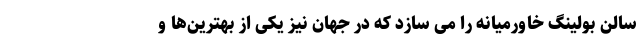
سالن بولینگ خاورمیانه را می سازد که در جهان نیز یکی از بهترین‌ها و